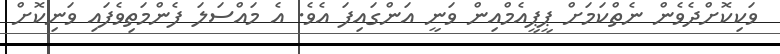
ވަކިކޮށްދެވެން ނެތްކަމަށް ޕީޕީއެމްއިން ވަނީ އަންގައިފަ އެވެ. އެ މައްސަލަ ފެންމަތިވެފައި ވަނިކޮށް